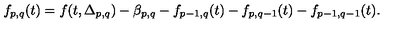
f _ { p , q } ( t ) = f ( t , \Delta _ { p , q } ) - \beta _ { p , q } - f _ { p - 1 , q } ( t ) - f _ { p , q - 1 } ( t ) - f _ { p - 1 , q - 1 } ( t ) .